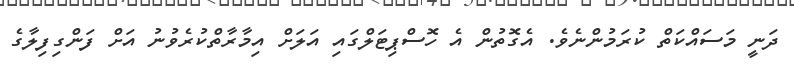
ދަނީ މަސައްކަތް ކުރަމުންނެވެ. އެގޮތުން އެ ހޮސްޕިޓަލްގައި އަލަށް އިމާރާތްކުރެވުނު އަށް ފަންގިފިލާގެ